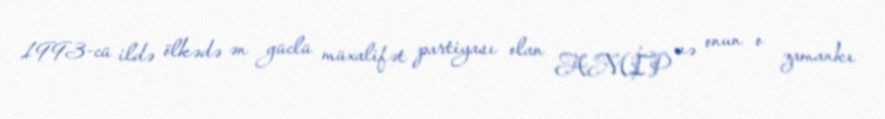
1993-cü ildə ölkədə ən güclü müxalifət partiyası olan AMİP və onun o zamankı